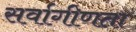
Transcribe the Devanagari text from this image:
सर्वागीणता